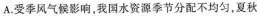
A.受季风气候影响，我国水资源季节分配不均匀，夏秋